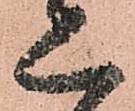
二